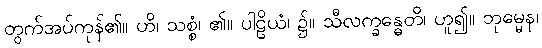
တွက်အပ်ကုန်၏။ ဟိ၊ သစ္စံ၊ ၏။ ပါဠိယံ၊ ၌။ သီလက္ခန္ဓေတိ၊ ဟူ၍။ ဘုမ္မေန၊